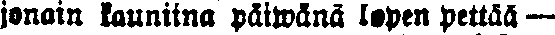
jonain kauniina päiwanä lopen pettää—